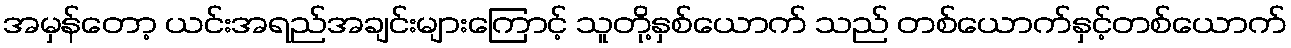
အမှန်တော့ ယင်းအရည်အချင်းများကြောင့် သူတို့နှစ်ယောက် သည် တစ်ယောက်နှင့်တစ်ယောက်